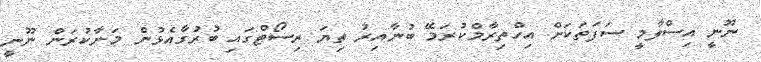
ނޫނީ އިސްލާމީ ސަފަތަކަށް އިހްތިރާމްކުރަމޭ ބުނާއިރު ތިޔަ ރިސޯޓްގައި ބުރުގާއެޅުން މަނާކުރަން ނޫނީ